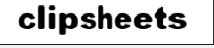
clipsheets